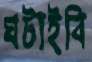
ঘটাইবি